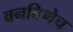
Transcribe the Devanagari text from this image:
बनविणेच